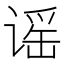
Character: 谣